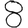
Digit: 8